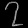
Digit: ၇